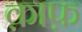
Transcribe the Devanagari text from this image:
क़ाफ़